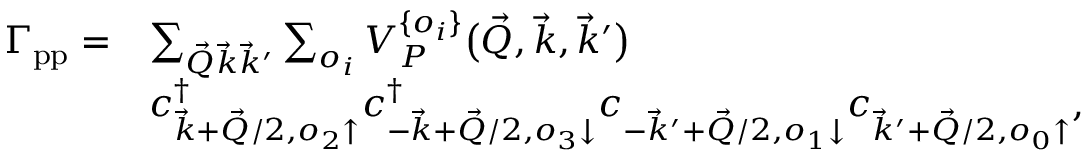
\begin{array} { r l } { \Gamma _ { \mathrm { p p } } = } & { \sum _ { \vec { Q } \vec { k } \vec { k } ^ { \prime } } \sum _ { o _ { i } } V _ { P } ^ { \{ o _ { i } \} } \big ( \vec { Q } , \vec { k } , \vec { k } ^ { \prime } \big ) } \\ & { c _ { \vec { k } + \vec { Q } / 2 , o _ { 2 } \uparrow } ^ { \dag } c _ { - \vec { k } + \vec { Q } / 2 , o _ { 3 } \downarrow } ^ { \dag } c _ { - \vec { k } ^ { \prime } + \vec { Q } / 2 , o _ { 1 } \downarrow } ^ { \vphantom { \dag } } c _ { \vec { k } ^ { \prime } + \vec { Q } / 2 , o _ { 0 } \uparrow } ^ { \vphantom { \dag } } , } \end{array}